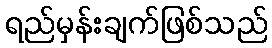
ရည်မှန်းချက်ဖြစ်သည်